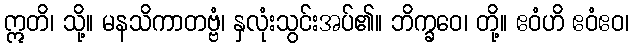
ဣတိ၊ သို့။ မနသိကာတဗ္ဗံ၊ နှလုံးသွင်းအပ်၏။ ဘိက္ခဝေ၊ တို့။ ဧဝံဟိ ဧဝံဧဝ၊